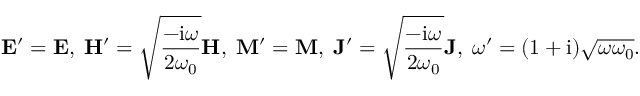
\mathbf { E } ^ { \prime } = \mathbf { E } , \; \mathbf { H } ^ { \prime } = \sqrt { \frac { - \mathrm { i } \omega } { 2 \omega _ { 0 } } } \mathbf { H } , \; \mathbf { M } ^ { \prime } = \mathbf { M } , \; \mathbf { J } ^ { \prime } = \sqrt { \frac { - \mathrm { i } \omega } { 2 \omega _ { 0 } } } \mathbf { J } , \; \omega ^ { \prime } = ( 1 + \mathrm { i } ) \sqrt { \omega \omega _ { 0 } } .